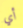
أي